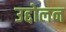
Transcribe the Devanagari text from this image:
उद्दोलन